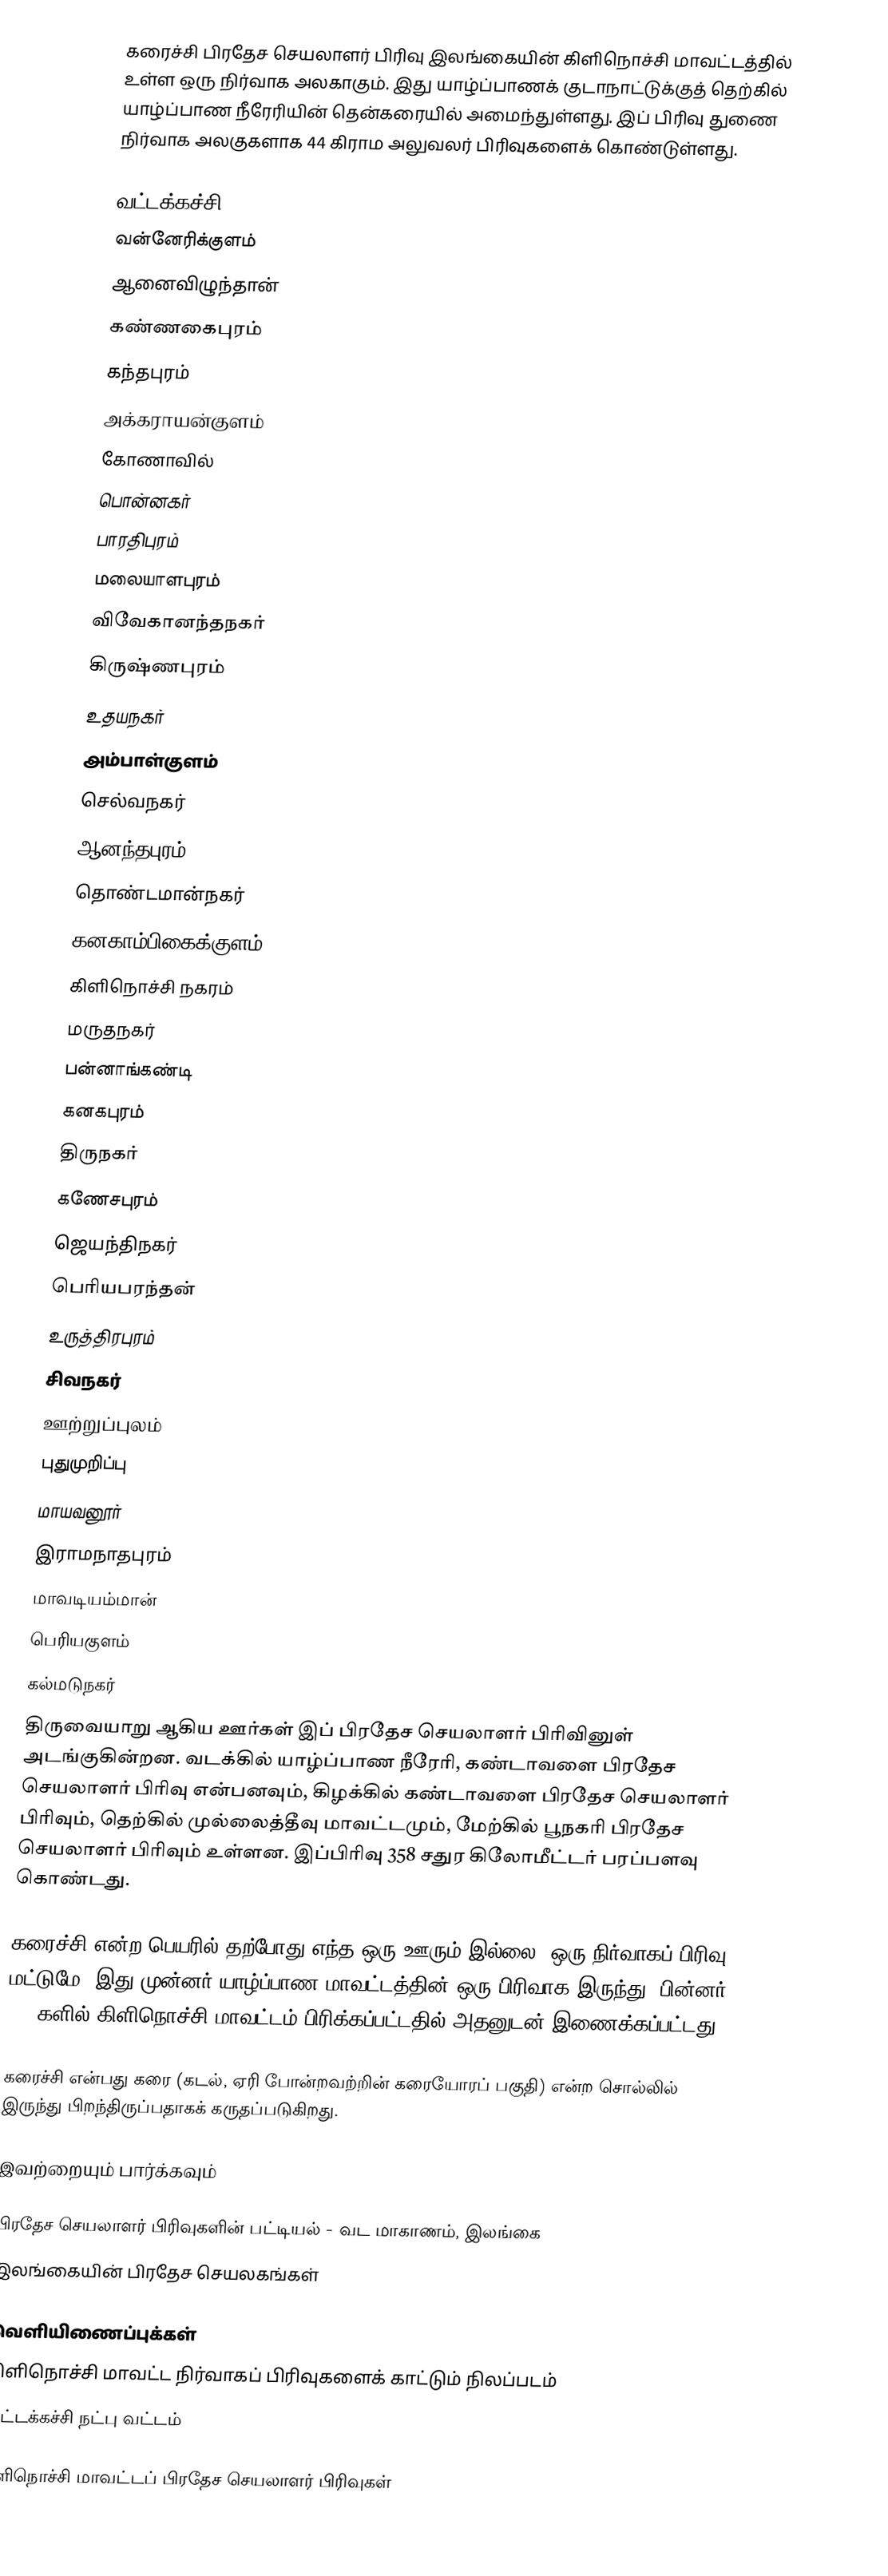
கரைச்சி பிரதேச செயலாளர் பிரிவு இலங்கையின் கிளிநொச்சி மாவட்டத்தில் உள்ள ஒரு நிர்வாக அலகாகும். இது யாழ்ப்பாணக் குடாநாட்டுக்குத் தெற்கில் யாழ்ப்பாண நீரேரியின் தென்கரையில் அமைந்துள்ளது. இப் பிரிவு துணை நிர்வாக அலகுகளாக 44 கிராம அலுவலர் பிரிவுகளைக் கொண்டுள்ளது.

 வட்டக்கச்சி
 வன்னேரிக்குளம்
 ஆனைவிழுந்தான்
 கண்ணகைபுரம்
 கந்தபுரம்
 அக்கராயன்குளம்
 கோணாவில்
 பொன்னகர்
 பாரதிபுரம்
 மலையாளபுரம்
 விவேகானந்தநகர்
 கிருஷ்ணபுரம்
 உதயநகர்
 அம்பாள்குளம்
 செல்வநகர்
 ஆனந்தபுரம்
 தொண்டமான்நகர்
 கனகாம்பிகைக்குளம்
 கிளிநொச்சி நகரம்
 மருதநகர்
 பன்னாங்கண்டி
 கனகபுரம்
 திருநகர்
 கணேசபுரம்
 ஜெயந்திநகர்
 பெரியபரந்தன்
 உருத்திரபுரம்
 சிவநகர்
 ஊற்றுப்புலம்
 புதுமுறிப்பு
 மாயவனூர்
 இராமநாதபுரம்
 மாவடியம்மான்
 பெரியகுளம்
 கல்மடுநகர்
 திருவையாறு ஆகிய ஊர்கள் இப் பிரதேச செயலாளர் பிரிவினுள் அடங்குகின்றன. வடக்கில் யாழ்ப்பாண நீரேரி, கண்டாவளை பிரதேச செயலாளர் பிரிவு என்பனவும், கிழக்கில் கண்டாவளை பிரதேச செயலாளர் பிரிவும், தெற்கில் முல்லைத்தீவு மாவட்டமும், மேற்கில் பூநகரி பிரதேச செயலாளர் பிரிவும் உள்ளன. இப்பிரிவு 358 சதுர கிலோமீட்டர் பரப்பளவு கொண்டது.

கரைச்சி என்ற பெயரில் தற்போது எந்த ஒரு ஊரும் இல்லை. ஒரு நிர்வாகப் பிரிவு மட்டுமே. இது முன்னர் யாழ்ப்பாண மாவட்டத்தின் ஒரு பிரிவாக இருந்து, பின்னர் 1980களில் கிளிநொச்சி மாவட்டம் பிரிக்கப்பட்டதில் அதனுடன் இணைக்கப்பட்டது.

கரைச்சி என்பது கரை (கடல், ஏரி போன்றவற்றின் கரையோரப் பகுதி) என்ற சொல்லில் இருந்து பிறந்திருப்பதாகக் கருதப்படுகிறது.

இவற்றையும் பார்க்கவும்

 பிரதேச செயலாளர் பிரிவுகளின் பட்டியல் - வட மாகாணம், இலங்கை
 இலங்கையின் பிரதேச செயலகங்கள்

வெளியிணைப்புக்கள்
 கிளிநொச்சி மாவட்ட நிர்வாகப் பிரிவுகளைக் காட்டும் நிலப்படம்
 வட்டக்கச்சி நட்பு வட்டம்

கிளிநொச்சி மாவட்டப் பிரதேச செயலாளர் பிரிவுகள்